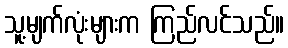
သူ့မျက်လုံးများက ကြည်လင်သည်။